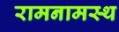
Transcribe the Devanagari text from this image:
रामनामस्थ